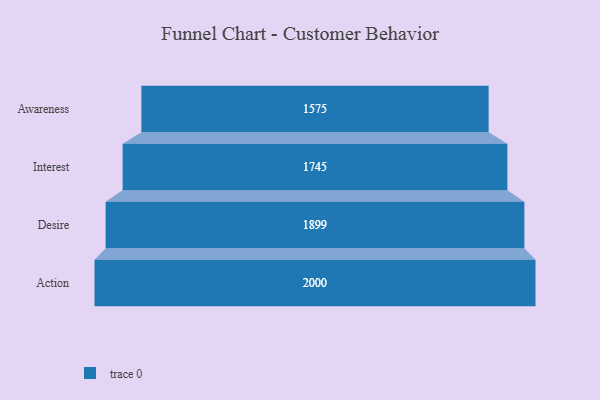
{"axis": {"x": "Stage", "y": "Value"}, "legend": [""], "data": [{"x": "Awareness", "y": 1575.0, "type": ""}, {"x": "Interest", "y": 1745.0, "type": ""}, {"x": "Desire", "y": 1899.0, "type": ""}, {"x": "Action", "y": 2000, "type": ""}]}